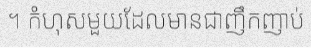
។ កំហុសមួយដែលមានជាញឹកញាប់